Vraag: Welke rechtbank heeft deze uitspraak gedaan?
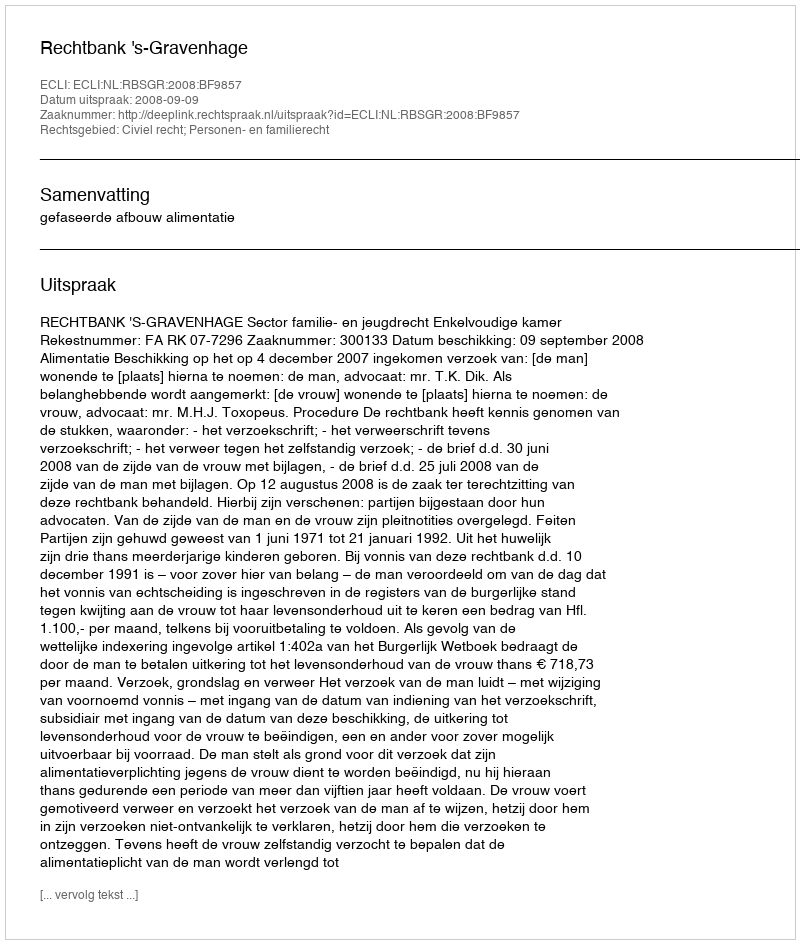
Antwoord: Rechtbank 's-Gravenhage